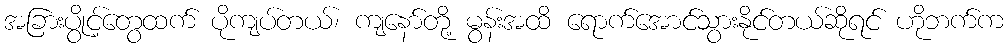
အခြားပွိုင့်တွေထက် ပိုကျပ်တယ်၊ ကျနော်တို့ မွန်းအထိ ရောက်အောင်သွားနိုင်တယ်ဆိုရင် ဟိုဘက်က